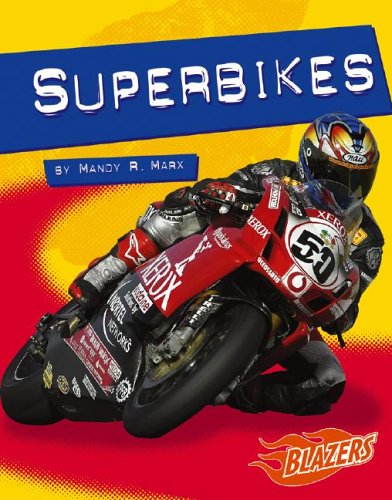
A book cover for Superbikes (Horsepower); Mandy R. Marx; Children's Books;